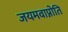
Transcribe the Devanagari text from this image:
जयमवाप्नोति